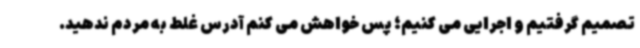
تصمیم گرفتیم و اجرایی می کنیم؛ پس خواهش می کنم آدرس غلط به مردم ندهید.